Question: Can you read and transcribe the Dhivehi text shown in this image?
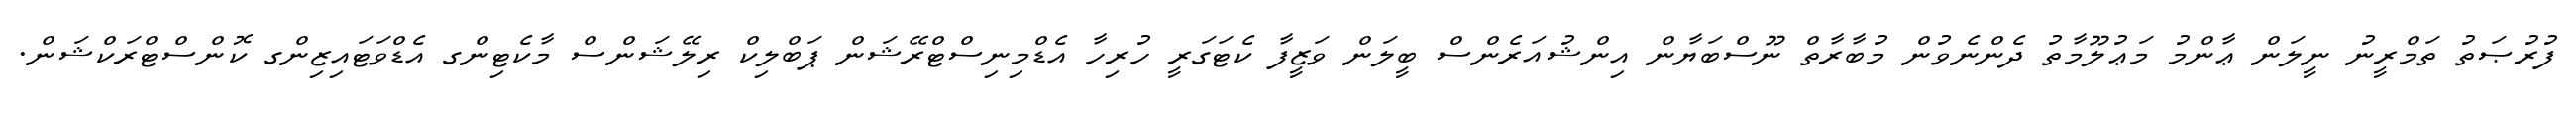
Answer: ފުރުޞަތު ތަމްރީނު ނީލަން ޢާންމު މަޢުލޫމާތު ދެންނެވުން މުބާރާތް ނޫސްބަޔާން އިންޝުއަރެންސް ބީލަން ވަޒީފާ ކެޓަގަރީ ހުރިހާ އެޑްމިނިސްޓްރޭޝަން ޕަބްލިކް ރިލޭޝަންސް މާކެޓިންގ އެޑްވަޓައިޒިންގ ކޮންސްޓްރަކްޝަން.